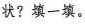
状?填一填。